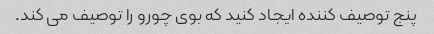
پنج توصیف کننده ایجاد کنید که بوی چورو را توصیف می کند.